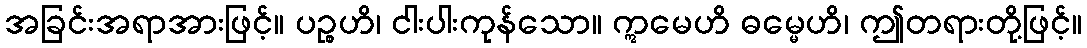
အခြင်းအရာအားဖြင့်။ ပဉ္စဟိ၊ ငါးပါးကုန်သော။ ဣမေဟိ ဓမ္မေဟိ၊ ဤတရားတို့ဖြင့်။